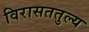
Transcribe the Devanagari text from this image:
विरासततुल्य